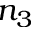
n _ { 3 }